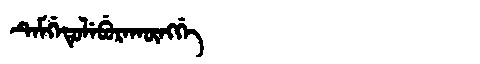
Manchu: ᡨᡝᠮᡤᡝᡨᡠᠯᡝᠪᡠᡵᠠᡴᡡᠩᡤᡝ
Romanization: TEMGETULEBURAKŪNGGE